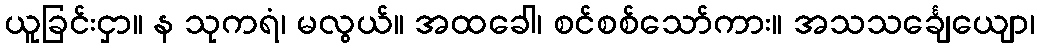
ယူခြင်းငှာ။ န သုကရံ၊ မလွယ်။ အထခေါ၊ စင်စစ်သော်ကား။ အသသင်္ချေယျော၊